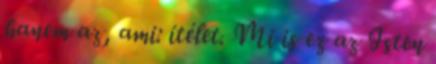
hanem az, ami: ítélet. Mi is ez az Isten